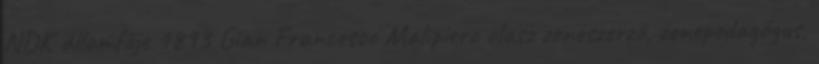
NDK államfője 1893 Gian Francesco Malipiero olasz zeneszerző, zenepedagógus,